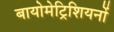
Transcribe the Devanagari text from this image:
बायोमेट्रिशियनों